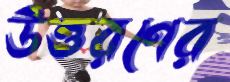
উত্তরণের